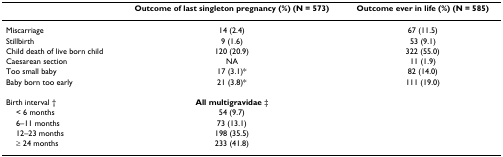
|  | Outcome of last singleton pregnancy (%) (N = 573) | Outcome ever in life (%) (N = 585) |
 | --- | --- | --- |
 | Miscarriage | 14 (2.4) | 67 (11.5) |
 | Stillbirth | 9 (1.6) | 53 (9.1) |
 | Child death of live born child | 120 (20.9) | 322 (55.0) |
 | Caesarean section | NA | 11 (1.9) |
 | Too small baby | 17 (3.1)* | 82 (14.0) |
 | Baby born too early | 21 (3.8)* | 111 (19.0) |
 | Birth interval † | All multigravidae ‡ |  |
 | < 6 months | 54 (9.7) |  |
 | 6–11 months | 73 (13.1) |  |
 | 12–23 months | 198 (35.5) |  |
 | ≥ 24 months | 233 (41.8) |  |